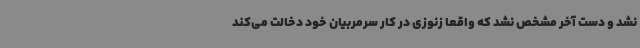
نشد و دست آخر مشخص نشد که واقعا زنوزی در کار سرمربیان خود دخالت می‌کند